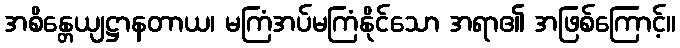
အစိန္တေယျဋ္ဌာနတာယ၊ မကြံအပ်မကြံနိုင်သော အရာ၏ အဖြစ်ကြောင့်။